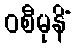
ဝစီမုနိံ